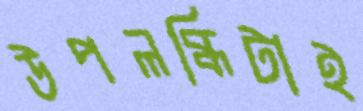
উপলব্ধিটাই